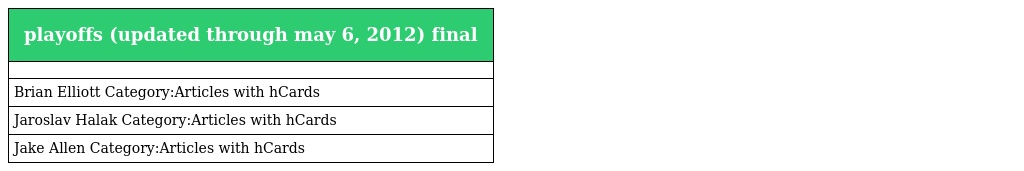
| playoffs (updated through may 6, 2012) final |
 | --- |
 |  |
 | Brian Elliott Category:Articles with hCards |
 | Jaroslav Halak Category:Articles with hCards |
 | Jake Allen Category:Articles with hCards |